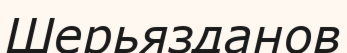
Шерьязданов